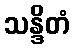
သန္ဒိတံ